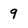
Character: 9